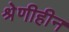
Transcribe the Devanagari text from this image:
श्रेणीहीन